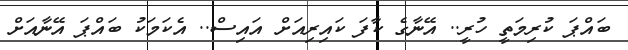
ބައްޕަ ކުރިމަތީ ހުރީ.. އޭނާގެ ކާފަ ކައިރިއަށް އައިސް.. އެކަމަކު ބައްޕަ އޭނާއަށް